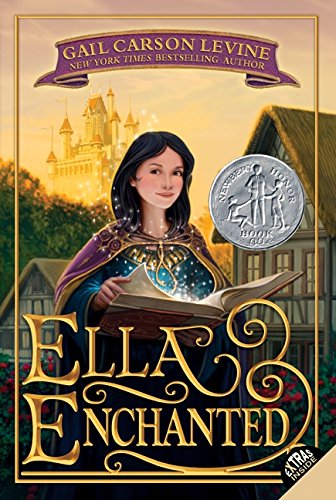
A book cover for Ella Enchanted (Trophy Newbery); Gail Carson Levine; Children's Books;